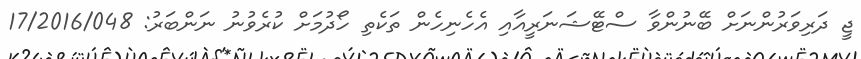
ޖީ ދަރިވަރުންނަށް ބޭނުންވާ ސްޓޭޝަނަރީއާއި އެހެނިހެން ތަކެތި ހޯދުމަށް ކުރެވުނު ނަންބަރު: 17/2016/048